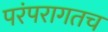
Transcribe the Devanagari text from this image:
परंपरागतच